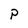
Character: P